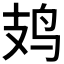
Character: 𫛛